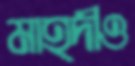
মাহদীও